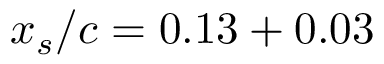
x _ { s } / c = 0 . 1 3 + 0 . 0 3